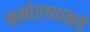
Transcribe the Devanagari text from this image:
समोरच्याकडे